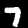
Label: 7